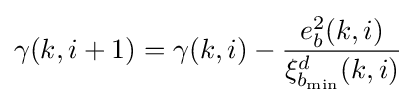
\gamma (k,i+1)=\gamma (k,i)-{\frac {e_{b}^{2}(k,i)}{\xi _{b_{\min }}^{d}(k,i)}}